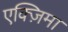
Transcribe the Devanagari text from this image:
एक्ज़िमा